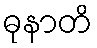
ဓုနာတိ